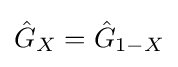
{\hat {G}}_{X}={\hat {G}}_{1-X}